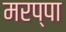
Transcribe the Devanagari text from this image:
मरप्पा